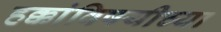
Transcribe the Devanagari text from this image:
हक्कांविषयीच्या